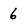
Character: 6